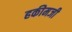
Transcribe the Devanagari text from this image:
हकीमजी